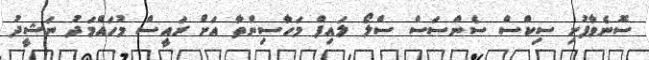
ސޮނެވާފުށި ސިކްސް ސެންސަސް ސްލޯ ލައިފް މަހާސިންތާ އަށް ރައީސް މުހައްމަދު ނަޝީދު